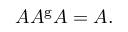
A A ^ { \mathrm { g } } A = A .